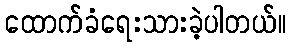
ထောက်ခံရေးသားခဲ့ပါတယ်။